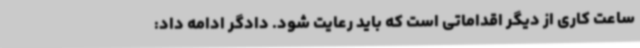
ساعت کاری از دیگر اقداماتی است که باید رعایت شود. دادگر ادامه داد: